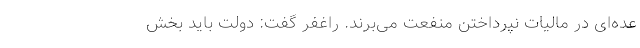
عده‌ای در مالیات نپرداختن منفعت می‌برند. راغفر گفت: دولت باید بخش